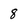
Character: 8